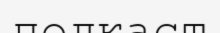
подкаст